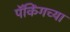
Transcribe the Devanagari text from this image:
पॅकिंगच्या